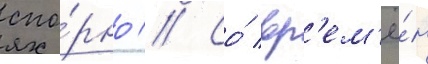
спо́рно // Со́ вр'ем'ё́н